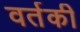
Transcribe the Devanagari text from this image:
वर्तकी